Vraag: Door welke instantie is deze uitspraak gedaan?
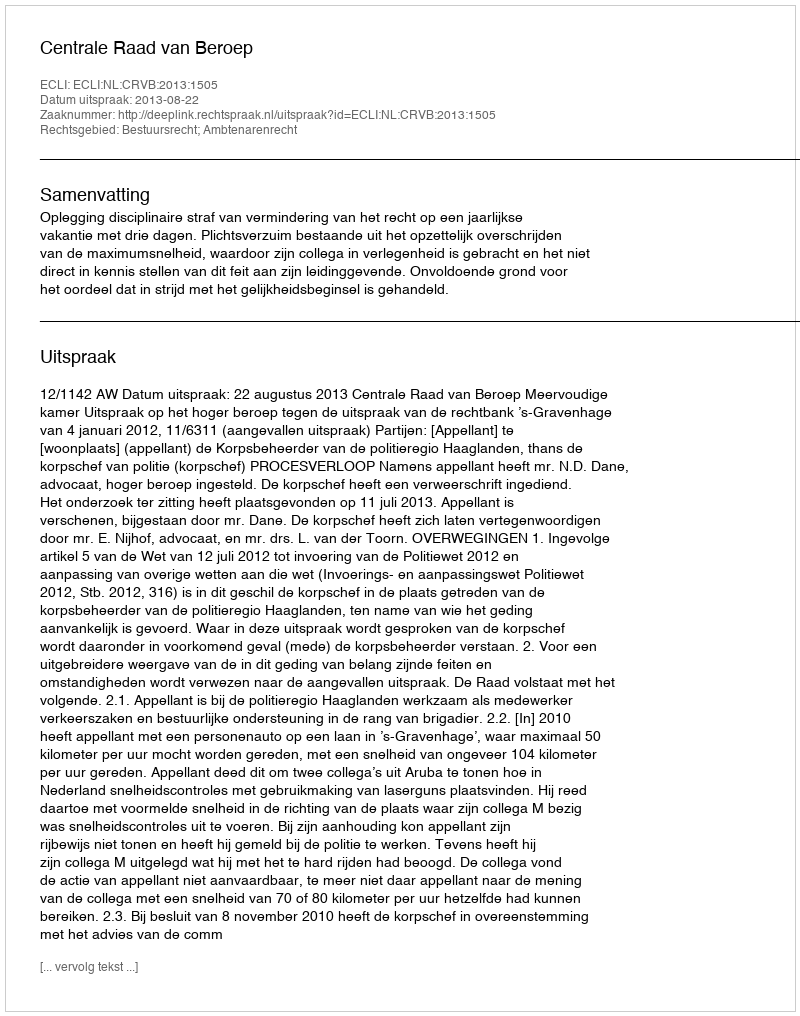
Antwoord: Centrale Raad van Beroep